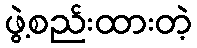
ဖွဲ့စည်းထားတဲ့